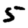
Digit: 5